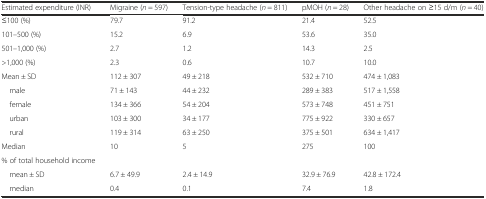
| Estimated expenditure (INR) | Migraine (n = 597) | Tension-type headache (n = 811) | pMOH (n = 28) | Other headache on ≥15 d/m (n = 40) |
 | --- | --- | --- | --- | --- |
 | ≤100 (%) | 79.7 | 91.2 | 21.4 | 52.5 |
 | 101–500 (%) | 15.2 | 6.9 | 53.6 | 35.0 |
 | 501–1,000 (%) | 2.7 | 1.2 | 14.3 | 2.5 |
 | >1,000 (%) | 2.3 | 0.6 | 10.7 | 10.0 |
 | Mean ± SD | 112 ± 307 | 49 ± 218 | 532 ± 710 | 474 ± 1,083 |
 | male | 71 ± 143 | 44 ± 232 | 289 ± 383 | 517 ± 1,558 |
 | female | 134 ± 366 | 54 ± 204 | 573 ± 748 | 451 ± 751 |
 | urban | 103 ± 300 | 34 ± 177 | 775 ± 922 | 330 ± 657 |
 | rural | 119 ± 314 | 63 ± 250 | 375 ± 501 | 634 ± 1,417 |
 | Median | 10 | 5 | 275 | 100 |
 | % of total household income |  |  |  |  |
 | mean ± SD | 6.7 ± 49.9 | 2.4 ± 14.9 | 32.9 ± 76.9 | 42.8 ± 172.4 |
 | median | 0.4 | 0.1 | 7.4 | 1.8 |